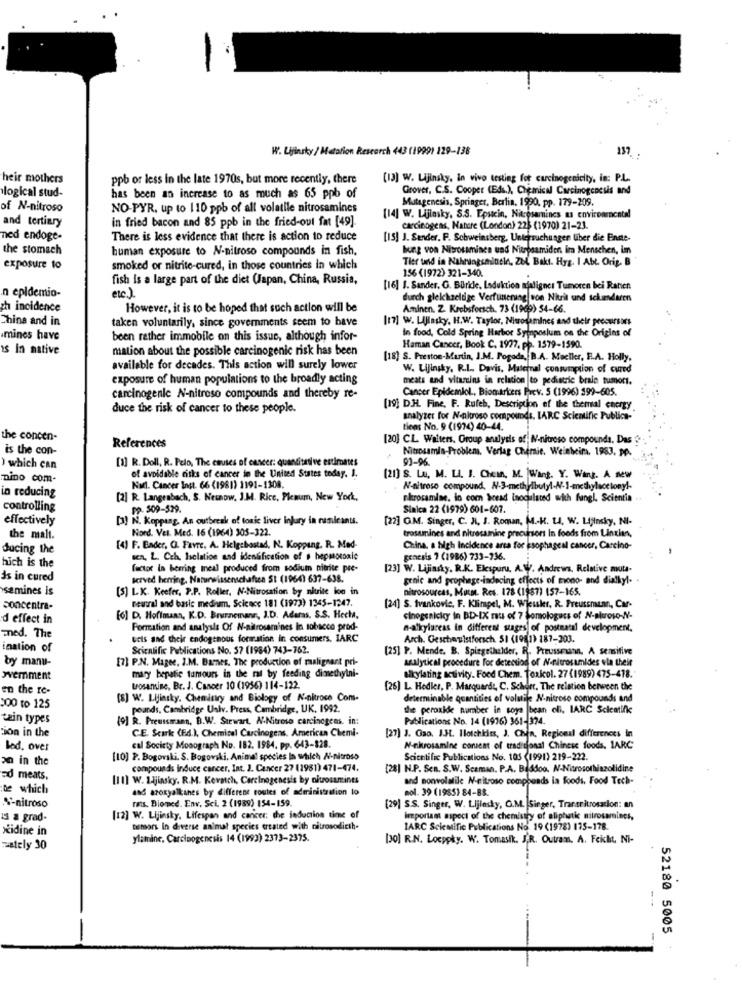
W. Lijinsky / Metalion Research 443 (1999) 129-138
heir mothers
ppb or less in the late 1970s, but more recently, there
[13] W. Lijinsky, in vivo testing for carcinogenicity, in: P.L.
logical stud-
Grover, C.S. Cooper (Eds.), Chemical Carcinogenesis and
has been an increase to as much as 65 ppb of
Mutagenesis, Springer, Berlin, 1990, pp. 179-209.
of N-nitroso
NO-PYR. up to 110 ppb of all volatile nitrosamines
and tertiary
in fried bacon and 85 ppb in the fried-out fat [49].
[14] W. Lijinsky. S.S. Epsicin, Nitrosamincs us environmental
carcinogens, Nature (London) 225 (1970) 21-23.
ned endoge-
There is less evidence that there is action to reduce
[IS] J. Sender, F. Schweinsberg, Untersuchungen über die Enste-
the stomach
human exposure to N-nitroso compounds in fish,
hung von Nitrosaminen und Nitroamiden im Menschen, im
Tier und in Nahrungsmintle, ZEL Bakt. Hyg. I AbL Orig. B
exposure to
smoked or nitrite-cured, in those countries in which
156 (1972) 321-340.
fish is a large part of the diet (Japan, China, Russia,
.n epidemio-
etc )
[16] 1. Sander. G. BUride. Laduktion njaligner Tumoren bei Ratien
durch gleichzeitige Verfunerung von Nitrit und ickendaren
zh incidence
However, it is to be hoped that such action will be
Aminen. Z. Krebsforsch. 73 (1969) 54-66.
China and in
taken voluntarily, since governments seem to have
[17] w. Llasky, H.W. Taylor, Nitrosamines and their precursors
In food, Cold Spring Harbor Symposium on the Origins of
amines have
been rether immobile on this issue, although infor-
is In native
mation about the possible carcinogenic risk has been
Haman Cancer, Book C. 1977, pp. 1579-1590.
[18] S. Preston-Martin, J.M. Pogoda, B.A. Mueller, E.A. Holly,
available for decades. This action will surely lower
W. Lijingky, P.I ., Davis, Maternal consumption of cured
exposure of human populations to the broadly acting
meats and vitamins in relation to pediatric brain tumors.
Cancer Epidemiol ., Biomarkers Prev. 5 (1996) 399-605.
carcinogenic N-nitroso compounds and thereby re-
duce the risk of cancer to these people.
[19] D.H. Fine, F. Rufeb, Description of the themal energy
analyzer for N-nitroso compounds. LARC Scientific Publica-
tiens No. 9 (1974) 40-44.
the concen-
[20] CL Walters. Group analysis of N-nitroso compounds, Das
is the con-
References
Nitrosamin-Problems, Verlag Chemie. Weinheim. 1983, PP.
[1] R. Doll, R. Pelo, The causes of cancer: quantitative estimates
93-96
) which can
nino com-
of avoidable risks of cancer in the United States today. I.
[21] S. Lu. M. LI. J. Chein, M. WWant. Y. Want. A new
Non. Cancer Inst. 66 (1981) 1191-1308.
N-nitroso compound, N-3-methylbutyl-N-1-methylacetony !.
in reducing
[2] R. Langenbach, S. Nesnow, J.M. Rice, Plenum, New York,
rkrosamine. in com bread inoculated with fungl. Scientia
controlling
Pp. 509-529
Sinica 22 (1979) 601-607.
effectively
[3] N. Koppang, An outbreak of tonic liver injury in ramieants.
[22] OM. Singer, C. Nl, J. Roman, M .. H. t.A. W. Lijinsky, NI
Nord. Vet. Med. 16 (1964) 305-322.
trosamines and nitrosamine precursor In foods from Lintien,
the malt.
ducing the
[4] F. Ender, O. Favre, A. Helgebostad, N. Koppang, R. Med-
China, a high Incidence arca for Esophageal cancer, Carcino-
sen. L. Cch, Isolation and identification of s hepmorale
genesis 7 (1986) 733-236.
hich is the
factor in herring meal produced from sodium nitrite pre-
[23] W. Lijinsky. R.K. Elespuru. A.W. Andrews, Relative muta-
ds in cured
served herring, Naturwissenschaften St (1964) 637-638.
grnic and prophege-inducing effects of mono- and dialkyl-
samines is
[5] LK. Keefer, P.P. Roller, N-Nitrosation by nitrite koe in
nitrosourcas, Musst. Res. 178 (1987) 157-165.
neutral and basic medium, Science 181 (1972) 1345-1247.
concentra-
[24] S. Ivankovic, F. Klimpel, M. Wjeusker, R. Preussmunn, Car-
d effect in
[6] D. Hoffman, K.D. Brunnemann, J.D. Aderas. S.S. Hecha,
cinogenicky in BD-IX nu of 7 Somologers of N-proso-N-
Formation and analysis Of N-nitrosamines In tobacco prod-
n-alkylareas in different stages of postnatal development.
med. The
ucts and their endogenous formation in consumers. IARC
Arch. Geschautstforsch. 51 (1981) 187-203.
ination of
Scientific Publications No. 57 (1984) 743-762.
[25] P. Mende. B. Spiegelhalder, R. Preusseunn, A sensitive
by manu-
[7] P.N. Magee, J.M. Barnes. The production of malignant pri-
MANlytical procedure For detection of N-nitrosumides ola their
wvemment
mary bepatie tumours in the ral by feeding dimethylni-
sikylating activity. Food Chem. Toxkol. 27 (1989) 475-478.
en the re-
Lrosanine, Br. J. Cancer 10 (1956) 114-122.
[26] L. Hedies, P. Marquardt, C. Schort, The relation between the
[8] W. Lijinsky. Chemistry and Biology of N-nitroce Com-
determinable quantities of volatile N-nitroso compounds and
300 to 125
pounds, Cambridge Univ. Press, Cambridge, UK. 1992.
the peroxke number in soya bean eli, IARC Scientific
tain types
[9] R. Preussmann, B.W. Stewart, N-Nitroso carcinogens. in:
Publications No. 14 (1976) 361-974.
tion in the
CE. Scark (Ed.), Chemical Carcinogens. American Chemi-
[27] J. Gao. I3L. Ilotchkiss, J. Chin, Regional differences in
Bed. over
cal Society Monograph No. 182. 1984. pp. 643-328.
N-nkrosamine consent of traditional Chinese foods. 1ARC
an in the
[10] P. Bogovali. S. Bogovski, Animal species In which N-nitroso
Scientific Publications No. 105 (1991) 219-222.
compounds induce cancer, Int. J. Cancer 27 (1981) 471-474.
[28] N.P. Sen. S.W. Scaman. P.A. Baddoo. N-Nitrosothiazolidine
=d meats.
[11] W. L.jinsky. R.M. Kernch, Carcinogenesis by oluosmints
and nonvolatile N-nitroso compounds ia foods. Food Tech-
te which
and azoxyalkanes by different routes of administration lo
mol. 39 (1985) 84-88.
ras. Biomed. Env. Sci. 2 (1989) 154-159.
S'-nitroso
[29] S.S. Singer, W. Lijlesky, G.M. |Singer, Transritrosacion: an
13 a grad-
[12] W. Lijinsky. Lifespan and cancer; the induction time of
important aspect of the chemistry of aliphatic nitrosamines,
xidine in
Demars In diverse animal species treated with nitrosodicih.
IARC Scientific Publications No. 19 (1978) 175-178.
ylamine. Carcinogenesis 14 (1993) 2373-2375.
[30] R.N. Locppky. W. Tomasik. J.R. Outram. A. Feicha, Ni-
Detely 30
52180 5005